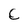
Character: C